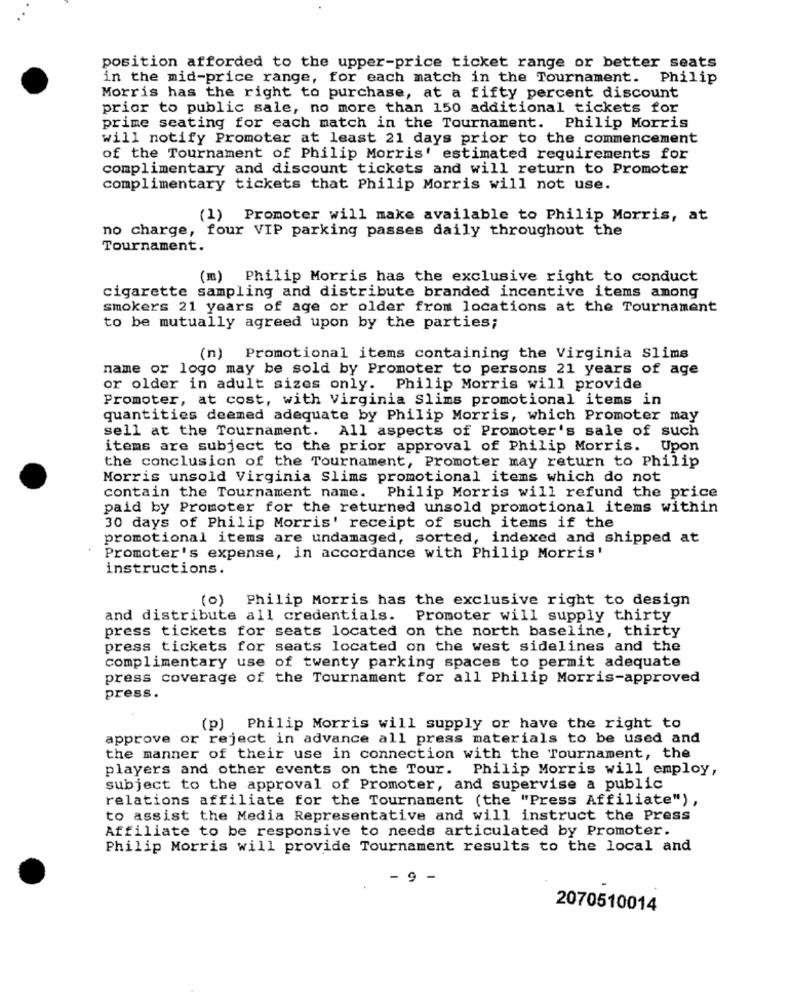
position afforded to the upper-price ticket range or better seats
in the mid-price range, for each match in the Tournament. Philip
Morris has the right to purchase, at a fifty percent discount
prior to public sale, no more than 150 additional tickets for
prime seating for each match in the Tournament. Philip Morris
will notify Promoter at least 21 days prior to the commencement
of the Tournament of Philip Morris' estimated requirements for
complimentary and discount tickets and will return to Promoter
complimentary tickets that Philip Morris will not use.
(1) Promoter will make available to Philip Morris, at
no charge, four VIP parking passes daily throughout the
Tournament.
(m) Philip Morris has the exclusive right to conduct
cigarette sampling and distribute branded incentive items among
smokers 21 years of age or older from locations at the Tournament
to be mutually agreed upon by the parties;
(n) Promotional items containing the Virginia Slims
name or logo may be sold by Promoter to persons 21 years of age
or older in adult sizes only. Philip Morris will provide
Promoter, at cost, with Virginia Slims promotional items in
quantities deemed adequate by Philip Morris, which Promoter may
sell at the Tournament. All aspects of Promoter's sale of such
items are subject to the prior approval of Philip Morris. Upon
the conclusion of the Tournament, Promoter may return to Philip
Morris unsold Virginia Slims promotional items which do not
contain the Tournament name. Philip Morris will refund the price
paid by Promoter for the returned unsold promotional items within
30 days of Philip Morris' receipt of such items if the
promotional items are undamaged, sorted, indexed and shipped at
Promoter's expense, in accordance with Philip Morris'
instructions.
(o) Philip Morris has the exclusive right to design
and distribute all credentials. Promoter will supply thirty
press tickets for seats located on the north baseline, thirty
press tickets for seats located on the west sidelines and the
complimentary use of twenty parking spaces to permit adequate
press coverage of the Tournament for all Philip Morris-approved
press.
(p) Philip Morris will supply or have the right to
approve or reject in advance all press materials to be used and
the manner of their use in connection with the Tournament, the
players and other events on the Tour. Philip Morris will employ,
subject to the approval of Promoter, and supervise a public
relations affiliate for the Tournament (the "Press Affiliate"),
to assist the Media Representative and will instruct the Press
Affiliate to be responsive to needs articulated by Promoter.
Philip Morris will provide Tournament results to the local and
9 -
2070510014